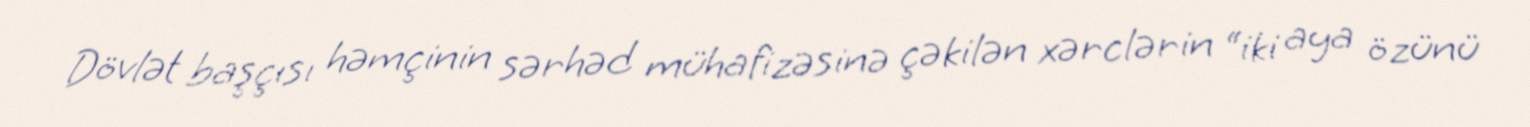
Dövlət başçısı həmçinin sərhəd mühafizəsinə çəkilən xərclərin “iki aya özünü